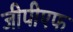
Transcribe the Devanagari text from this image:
जीपीएफ